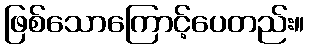
ဖြစ်သောကြောင့်ပေတည်း။